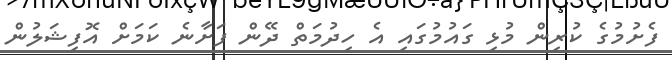
ފެށުމުގެ ކުރިން މުޅި ގައުމުގައި އެ ހިދުމަތް ދޭން ފަށާނެ ކަމަށް އޮފިޝަލުން